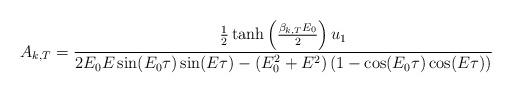
LaTeX: \begin{align*}A_{k,T} &= \frac{\frac{1}{2}\tanh \left( \frac{\beta_{k,T} E_0}{2} \right)u_1}{{2 E_0 E\sin (E_0 \tau ) \sin (E \tau )-\left(E_0^2+E^2\right) (1-\cos (E_0 \tau ) \cos (E \tau))}}\end{align*}